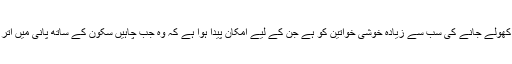
ساحل کھولے جانے کی سب سے زیادہ خوشی خواتین کو ہے جن کے لیے امکان پیدا ہوا ہے کہ وہ جب چاہیں سکون کے ساتھ پانی میں اتر سکیں۔